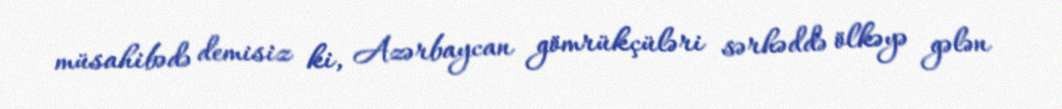
müsahibədə demisiz ki, Azərbaycan gömrükçüləri sərhəddə ölkəyə gələn